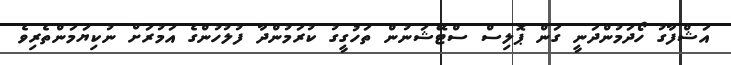
އަޝްފާގު ހޯދަމުންދަނީ ގަން ޕޮލިސް ސްޓޭޝަނުން ތަހުގީގު ކުރަމުންދާ ފުލުހުންގެ އަމުރަށް ނުކިޔަމަންތެރިވެ